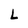
Character: L